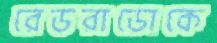
রেডরাডোকে